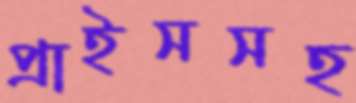
প্রাইসসহ